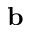
\mathbf { b }